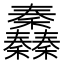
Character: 䆐